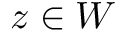
z \in W